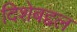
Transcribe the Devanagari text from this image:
दिशेबद्दल